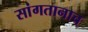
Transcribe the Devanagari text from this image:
सांगतानाच